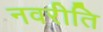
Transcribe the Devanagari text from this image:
नवरीति